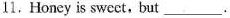
11.Honey is swect,but___.